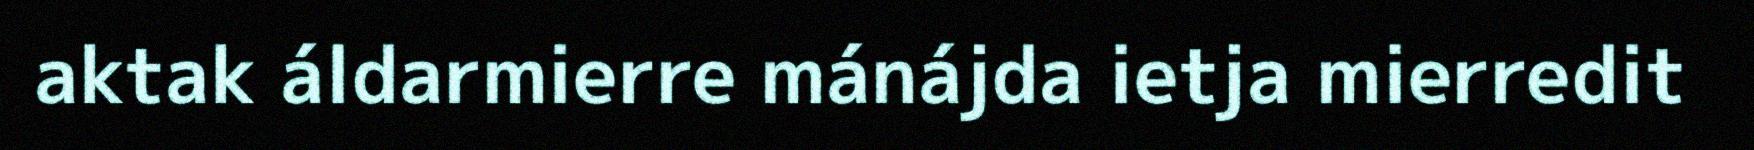
aktak áldarmierre mánájda ietja mierredit